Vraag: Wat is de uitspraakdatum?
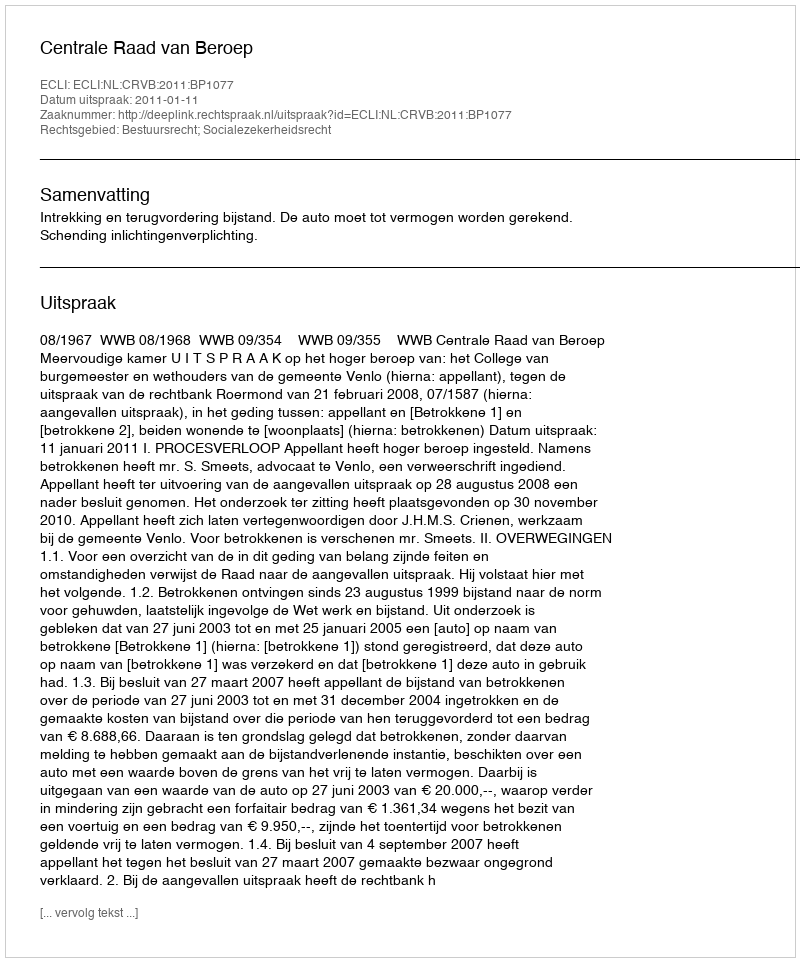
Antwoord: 2011-01-11